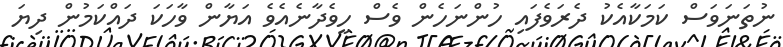
ނުތަނަވަސް ކަމަކާއެކު ދެރަވެފައި ހުންނަހެން ވެސް ހީވެދާނެއެވެ އަޔާން ވާހަކަ ދައްކަމުން ދިޔަ